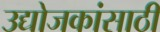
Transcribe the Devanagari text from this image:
उद्योजकांसाठी